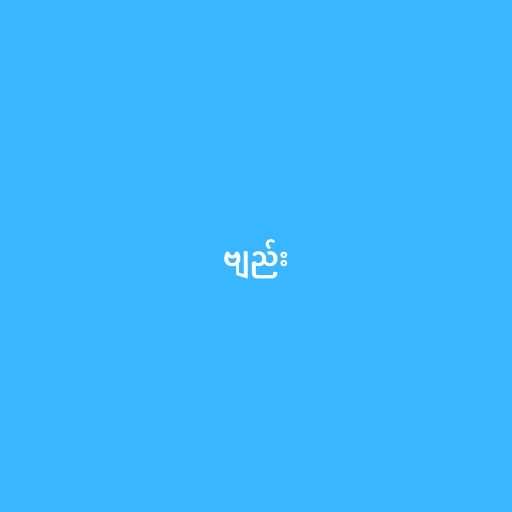
ဗျည်း